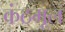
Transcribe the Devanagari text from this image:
कंठमूल